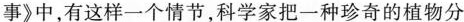
事》中，有这样一个情节，科学家把一种珍奇的植物分